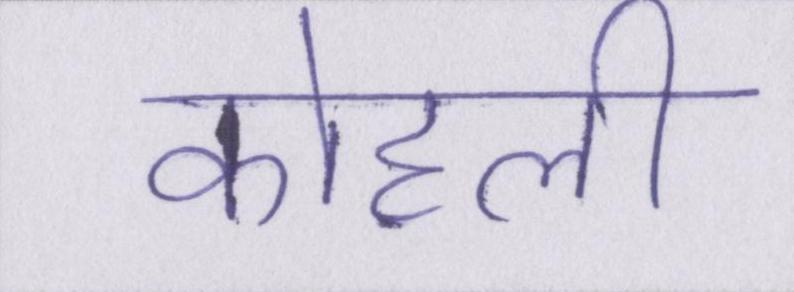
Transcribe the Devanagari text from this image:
कोहली